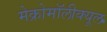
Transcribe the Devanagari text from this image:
मेक्रोमॉलीक्यूल